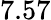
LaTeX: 7.57